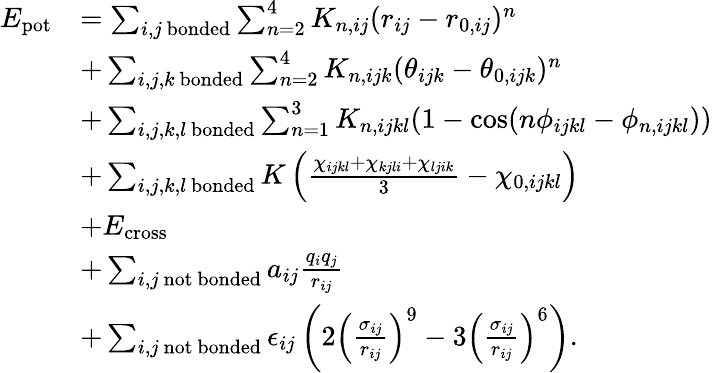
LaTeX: \begin{array}{rl}{E_{\mathrm{pot}}}&{=\sum_{i,j\mathrm{~bonded}}\sum_{n=2}^{4}K_{n,ij}(r_{ij}-r_{0,ij})^{n}}\\ &{+\sum_{i,j,k\mathrm{~bonded}}\sum_{n=2}^{4}K_{n,ijk}(\theta_{ijk}-\theta_{0,ijk})^{n}}\\ &{+\sum_{i,j,k,l\mathrm{~bonded}}\sum_{n=1}^{3}K_{n,ijkl}(1-\cos(n\phi_{ijkl}-\phi_{n,ijkl}))}\\ &{+\sum_{i,j,k,l\mathrm{~bonded}}K\left(\frac{\chi_{ijkl}+\chi_{kjli}+\chi_{ljik}}{3}-\chi_{0,ijkl}\right)}\\ &{+E_{\mathrm{cross}}}\\ &{+\sum_{i,j\mathrm{~not~bonded}}a_{ij}\frac{q_{i}q_{j}}{r_{ij}}}\\ &{+\sum_{i,j\mathrm{~not~bonded}}\epsilon_{ij}\left(2\left(\frac{\sigma_{ij}}{r_{ij}}\right)^{9}-3\left(\frac{\sigma_{ij}}{r_{ij}}\right)^{6}\right).}\end{array}